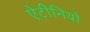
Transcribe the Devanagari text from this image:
ऐटीनियो